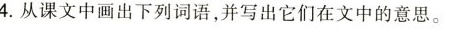
4.从课文中画出下列词语，并写出它们在文中的意思。